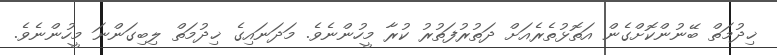
ޚިދުމަތް ބޭނުންކޮށްގެން އަތޮޅުތެރެއަށް ދަތުރުފަތުރު ކުރާ މީހުންނެވެ. މަދަނައިގެ ޚިދުމަތް ލިބިގަންނަ މީހުންނެވެ.